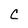
Character: C